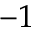
- 1